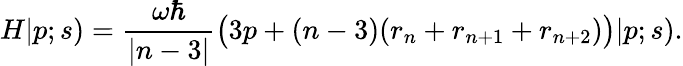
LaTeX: H|p;s)={\frac{\omega\hbar}{|n-3|}}\big(3p+(n-3)(r_{n}+r_{n+1}+r_{n+2})\big)|p;s).